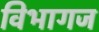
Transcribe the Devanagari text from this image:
विभागज